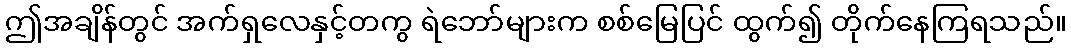
ဤအချိန်တွင် အက်ရှလေနှင့်တကွ ရဲဘော်များက စစ်မြေပြင် ထွက်၍ တိုက်နေကြရသည်။